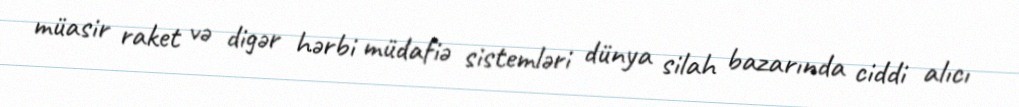
müasir raket və digər hərbi müdafiə sistemləri dünya silah bazarında ciddi alıcı